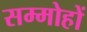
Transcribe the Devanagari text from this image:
सम्मोहों